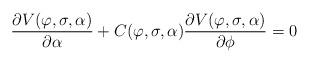
LaTeX: \begin{align*}\frac{\partial V(\varphi,\sigma,\alpha)}{\partial \alpha} + C(\varphi,\sigma,\alpha)\frac{\partial V(\varphi,\sigma,\alpha)}{\partial \phi}=0\end{align*}